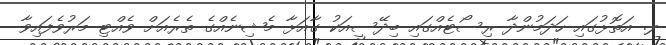
ލ. އަތޮޅުގައި ހަދަމުންދާ ރިސޯޓެއްގައި ބިދޭސީއަކު ގާއަޅާ މެޝިނެއްގެ ތެރެއަށް ވެއްޓި މަރުވެފައިވާ